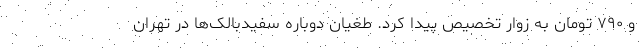
و ۷۹۰ تومان به زوار تخصیص پیدا کرد. طغیان دوباره سفیدبالک‌ها در تهران